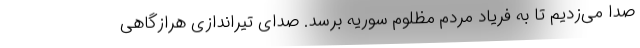
صدا می‌زدیم تا به فریاد مردم مظلوم سوریه برسد. صدای تیراندازی هرازگاهی